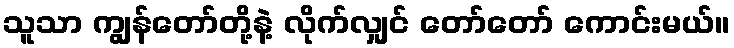
သူသာ ကျွန်တော်တို့နဲ့ လိုက်လျှင် တော်တော် ကောင်းမယ်။